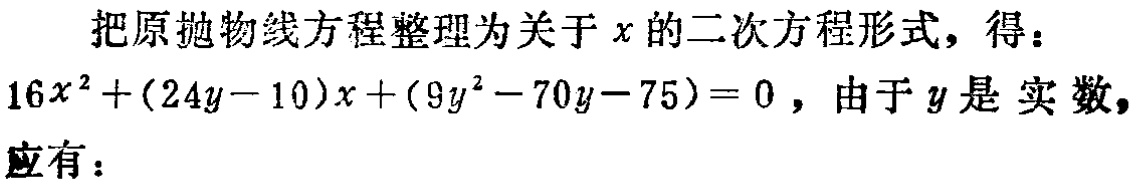
把原抛物线方程整理为关于\(x\)的二次方程形式，得：
\(16x^{2}+(24y - 10)x+(9y^{2}-70y - 75)=0\)，由于\(y\)是 实数，
应有：